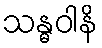
သန္ဓဝါနိ